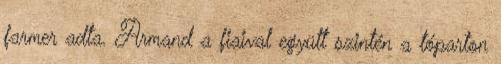
farmer adta. Armand a fiaival együtt szintén a tóparton